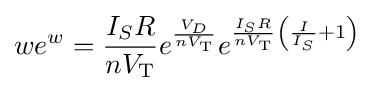
we^{w}={\frac {I_{S}R}{nV_{\text{T}}}}e^{\frac {V_{D}}{nV_{\text{T}}}}e^{{\frac {I_{S}R}{nV_{\text{T}}}}\left({\frac {I}{I_{S}}}+1\right)}